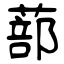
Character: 蔀